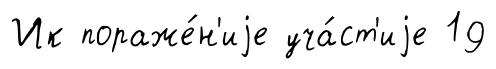
Ик пораже́н'иjе уча́ст'иjе 19